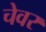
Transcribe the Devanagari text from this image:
चेवर